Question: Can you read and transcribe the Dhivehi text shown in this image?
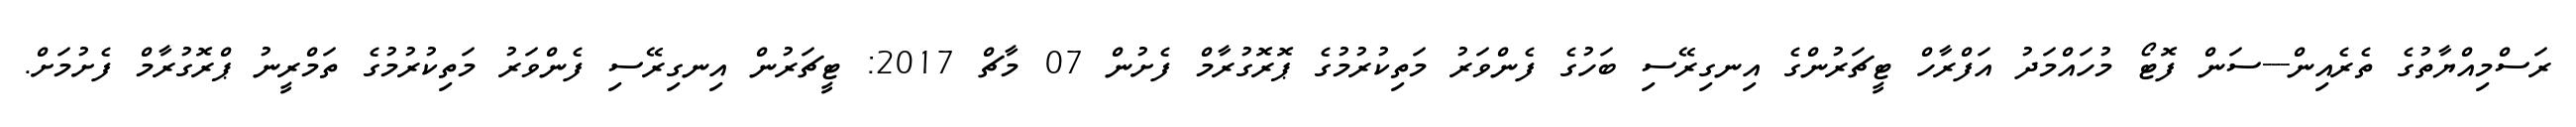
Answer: ރަސްމިއްޔާތުގެ ތެރެއިން---ސަން ފޮޓޯ މުހައްމަދު އަފްރާހް ޓީޗަރުންގެ އިނގިރޭސި ބަހުގެ ފެންވަރު މަތިކުރުމުގެ ޕޮރޮގުރާމް ފެށުން 07 މާޗް 2017: ޓީޗަރުން އިނގިރޭސި ފެންވަރު މަތިކުރުމުގެ ތަމްރީނު ޕްރޮގުރާމް ފެށުމަށް.